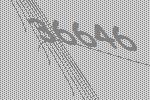
36646